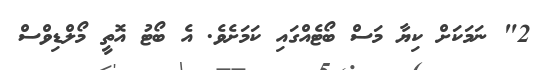
2" ނަމަކަށް ކިޔާ މަސް ބޯޓެއްގައި ކަމަށެވެ. އެ ބޯޓު އޮތީ މޯލްޑިވްސް